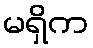
မရှိက